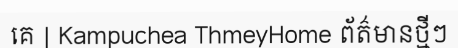
គេ | Kampuchea ThmeyHome ព័ត៌មានថ្មីៗ